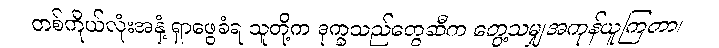
တစ်ကိုယ်လုံးအနှံ့ ရှာဖွေခံရ သူတို့က ဒုက္ခသည်တွေဆီက တွေ့သမျှအကုန်ယူကြတာ၊